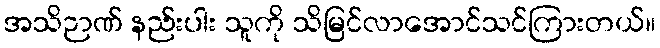
အသိဉာဏ် နည်းပါး သူကို သိမြင်လာအောင်သင်ကြားတယ်။